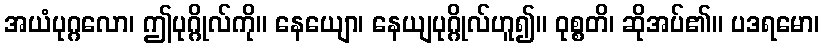
အယံပုဂ္ဂလော၊ ဤပုဂ္ဂိုလ်ကို။ နေယျော၊ နေယျပုဂ္ဂိုလ်ဟူ၍။ ဝုစ္စတိ၊ ဆိုအပ်၏။ ပဒရမော၊